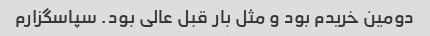
دومین خریدم بود و مثل بار قبل عالی بود. سپاسگزارم